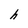
Character: h